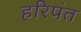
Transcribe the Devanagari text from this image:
हरिपंत